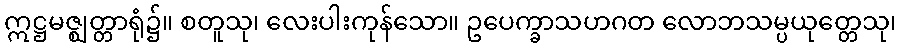
ဣဋ္ဌမဇ္ဈတ္တာရုံ၌။ စတူသု၊ လေးပါးကုန်သော။ ဥပေက္ခာသဟဂတ လောဘသမ္ပယုတ္တေသု၊